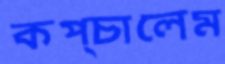
কপ্‌চালেম